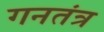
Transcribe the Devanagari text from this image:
गनतंत्र